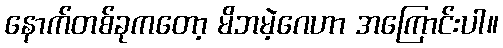
နောက်တစ်ခုကတော့ မိဘမဲ့ဂေဟာ အကြောင်းပါ။